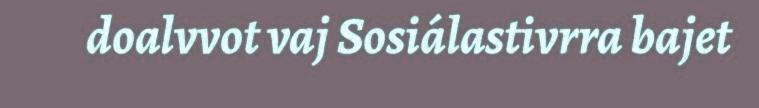
doalvvot vaj Sosiálastivrra bajet